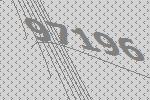
97196